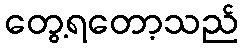
တွေ့ရတော့သည်